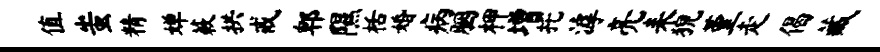
值蚩精婵蔌拱戒郫隰栝婚病胭柙增托滹亮耒猊堇走偈藏